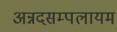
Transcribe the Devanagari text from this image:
अन्नदसम्पलायम